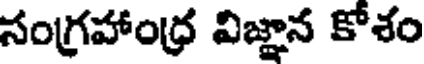
సంగ్రహాంధ్ర విజ్ఞాన కోశం